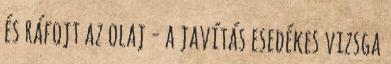
és ráfojt az olaj - a javítás esedékes vizsga